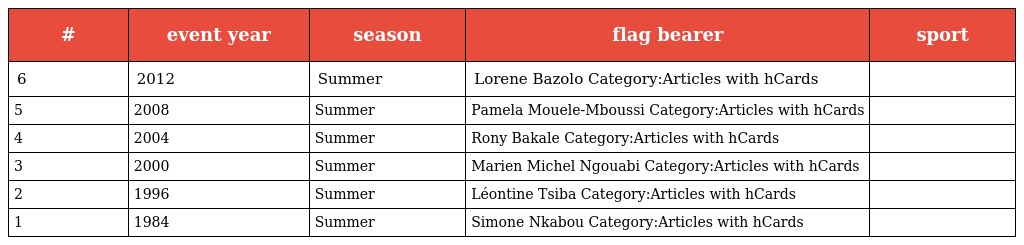
| # | event year | season | flag bearer | sport |
 | --- | --- | --- | --- | --- |
 | 6 | 2012 | Summer | Lorene Bazolo Category:Articles with hCards |  |
 | 5 | 2008 | Summer | Pamela Mouele-Mboussi Category:Articles with hCards |  |
 | 4 | 2004 | Summer | Rony Bakale Category:Articles with hCards |  |
 | 3 | 2000 | Summer | Marien Michel Ngouabi Category:Articles with hCards |  |
 | 2 | 1996 | Summer | Léontine Tsiba Category:Articles with hCards |  |
 | 1 | 1984 | Summer | Simone Nkabou Category:Articles with hCards |  |